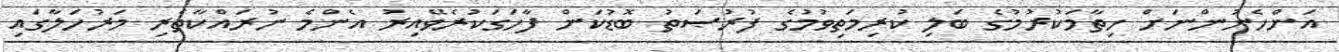
އަންހެނުންނަށް ހިތާމަކުރުމުގެ ބަލި ކުރިމަތިވުމުގެ ފުރުޞަތު ބޮޑުކަން ފާހަގަކުރެވޭއިރު އެންމެ ނުރައްކާތެރި މަރުހަލާގައި